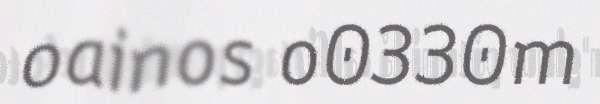
oainos o0330m